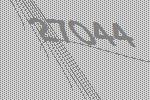
27044